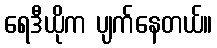
ရေဒီယိုက ပျက်နေတယ်။